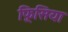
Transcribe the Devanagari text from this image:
फ़्रिसिया